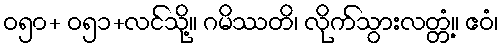
ဝ၅၀+ ဝ၅၁+လင်သို့။ ဂမိဿတိ၊ လိုက်သွားလတ္တံ့။ ဧဝံ၊